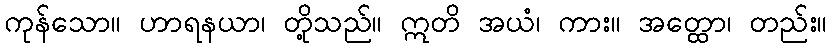
ကုန်သော။ ဟာရနယာ၊ တို့သည်။ ဣတိ အယံ၊ ကား။ အတ္ထော၊ တည်း။